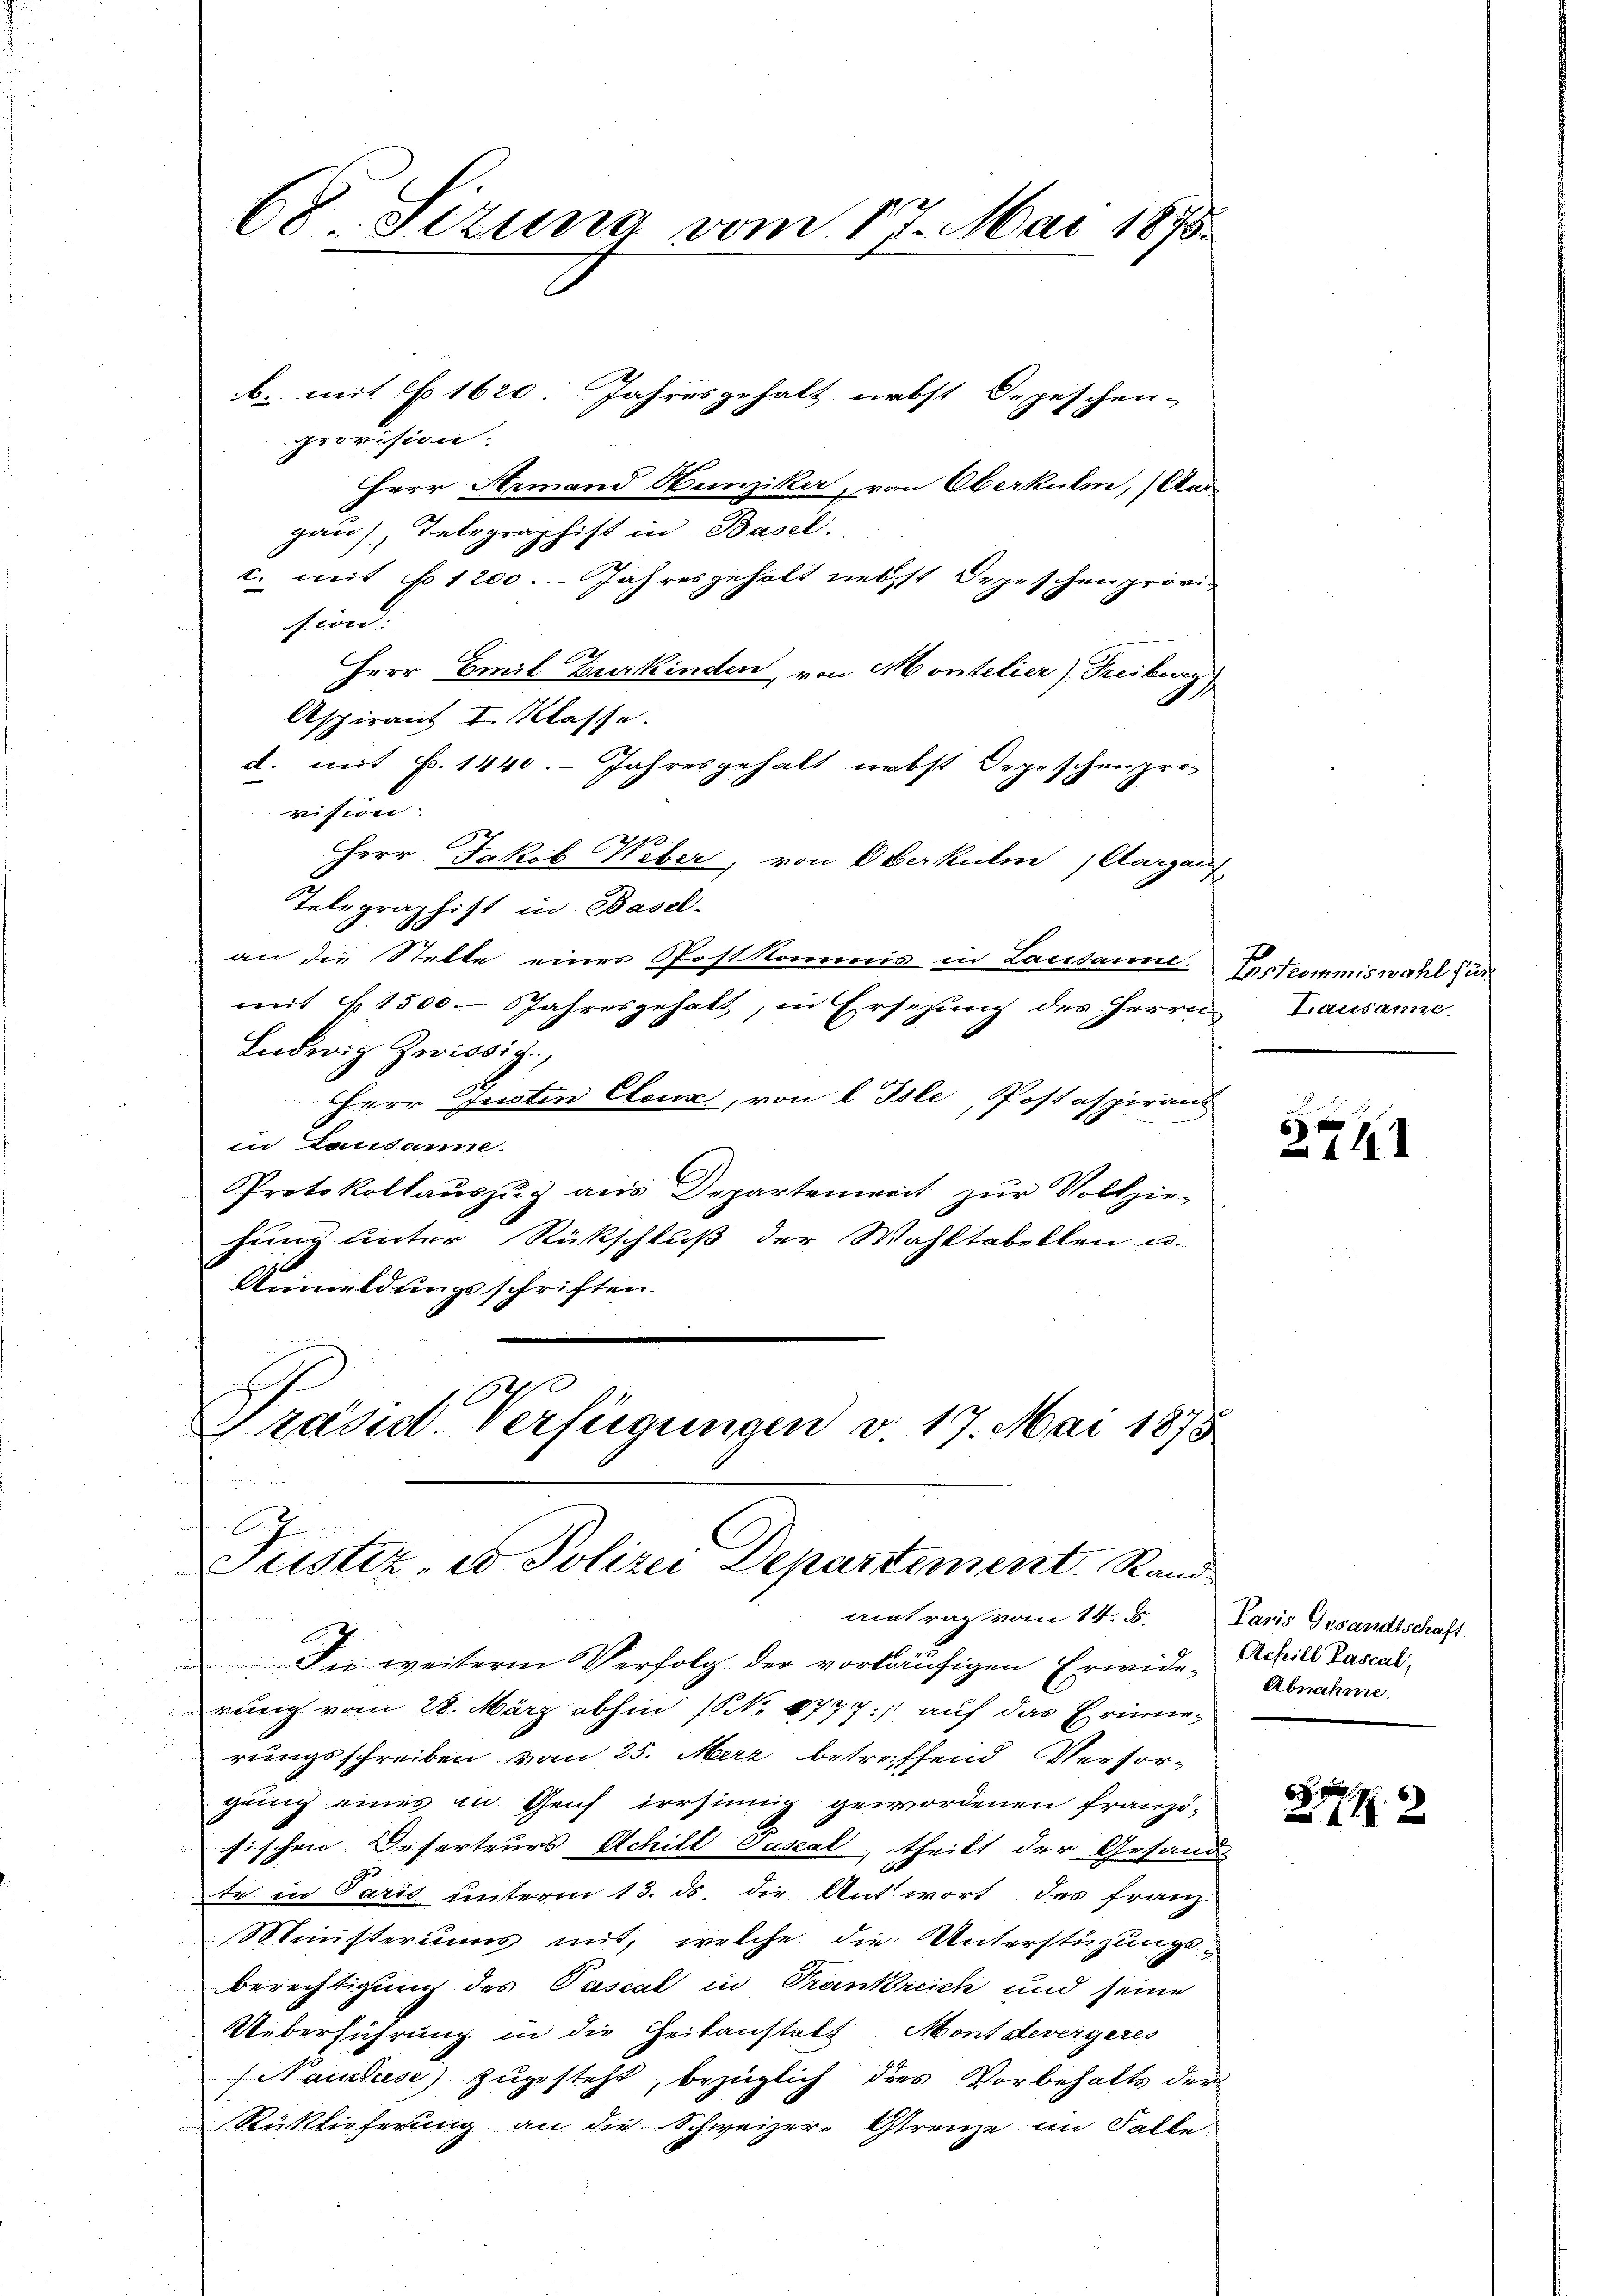
68 Sizung vom 17. Mai 1875.
b. mit No. 1620. Jahresgehalt nebst Depeschen-
provision.

Herr Armand Hunziker, von Oberkulm, (Aar
gans, Telegraphist in Basel.
c. mit No 1200. - Jahresgehalt nebst Depeschenprovision:
2
Herr Emil zuerkinden, von Montelier) Freiburg
Aspirant I. Klasse.
d. mit p. 1440. Jahresgehalt nebst Depeschenpro-
rision
Herr Jakob Weber, von Oberkulm, Aargauf
Telegraphist in Basel-
an die Stelle einer Postkommis in Lacidame. Erstcommiswahl zur
mit §. 1500. Jahresgehalt, in Ersezung des Herrn
Ludwig Zwissig,
Herr Justin Cloux, von l Isle, Postaspirant
in Lausanne.
Protokollauszug aus Departemerit zur Vollzie-
hung unter Rückschluß der Wahltabellen u.
Anmeldungsschriften.

1
Präsia. Verfügungen v. 17. Mai 1875
A.
Justiz- u Polizei Departement. Rand
eintrag vom 14. d.

Die weitere Verfolg der vorläufigen Erwide-
rung vom 28. März abhin (NNo. 8777) auf das Erinnerungsschreiben vom 25. Merz betreiffend Versorgung eines in Genf irrsinnig gewordenen Französischen Deserteurs Achill Vasal, theilt der Gesand
te in Paris unterm 13. ds. die Antwort des Franz-
Ministeriums mit, welche die Unterstüzungs-
berechtigung des Pascal in Trankreich und seine
Ueberführung in die Zeitanstatt Mont devergeres
Manchese zugesteht, bezüglich dies Vorbehalts der
Rüklieferung an die Schweizer-Grenze im Falle

Lausanne

u
2721

Paris Gesandtschaft.
Acheils Pascal,
Abnahme.

6
12